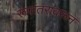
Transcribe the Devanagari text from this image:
रूपांतरावरून